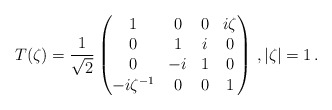
\begin{align*} T(\zeta) = \frac{1}{\sqrt{2}} \begin{pmatrix} 1 & 0 & 0 & i \zeta \\ 0 & 1 & i & 0 \\ 0 & -i & 1 & 0 \\ -i\zeta^{-1} & 0 & 0 & 1 \end{pmatrix} \,, |\zeta|=1 \,. \end{align*}